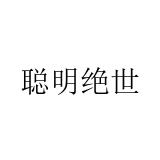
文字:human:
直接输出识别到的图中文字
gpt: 聪明绝世